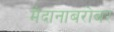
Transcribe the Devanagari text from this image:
मैदानाबरोबर